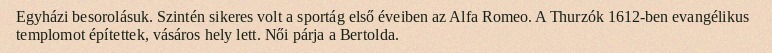
Egyházi besorolásuk. Szintén sikeres volt a sportág első éveiben az Alfa Romeo. A Thurzók 1612-ben evangélikus templomot építettek, vásáros hely lett. Női párja a Bertolda.